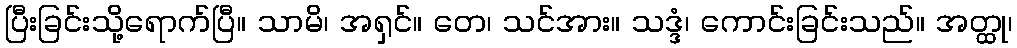
ပြီးခြင်းသို့ရောက်ပြီ။ သာမိ၊ အရှင်။ တေ၊ သင်အား။ သဒ္ဒံ၊ ကောင်းခြင်းသည်။ အတ္ထု၊